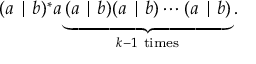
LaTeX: ( a \mid b ) ^ { * } a \underbrace { ( a \mid b ) ( a \mid b ) \cdots ( a \mid b ) } _ { k - 1 { \mathrm { ~ t i m e s } } } .